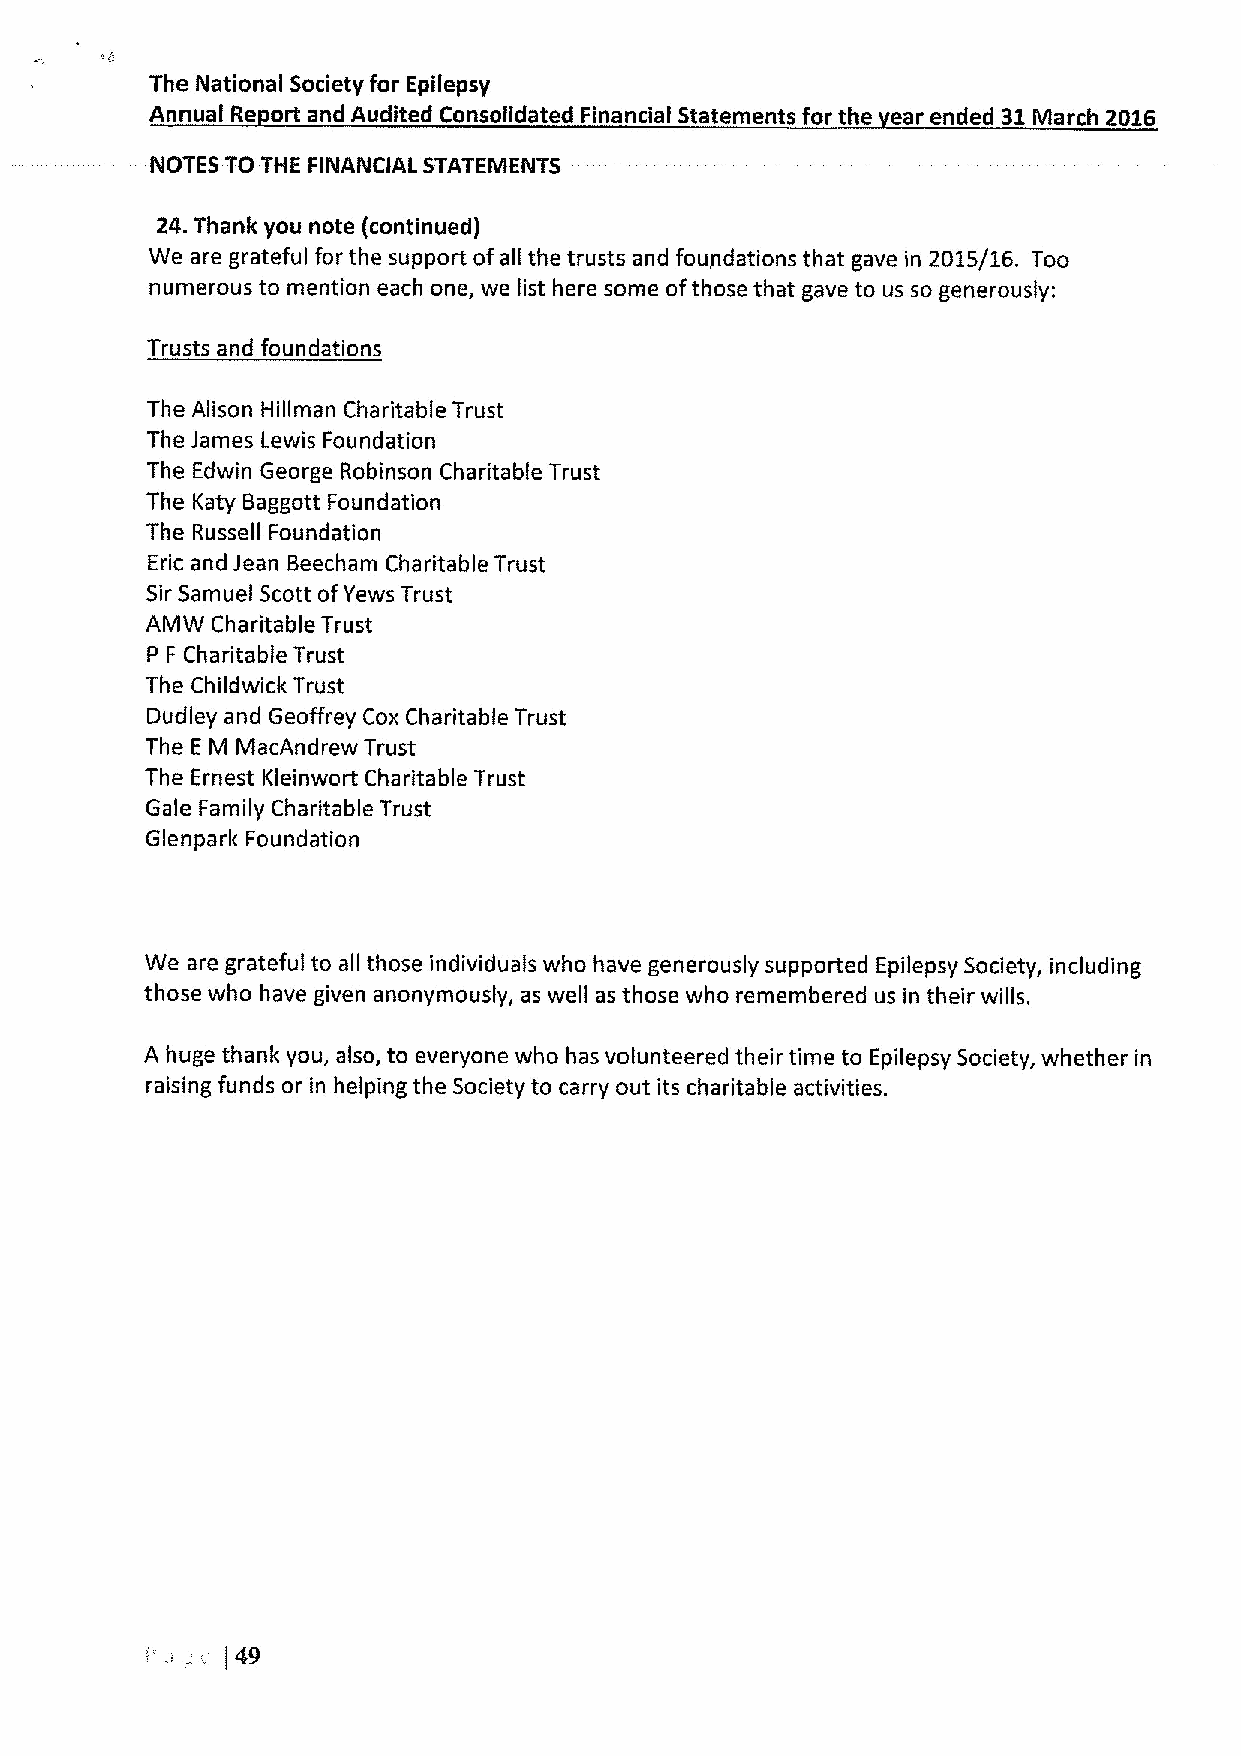
The National Society for Epilepsy
 Annual Re ort and Audited Consolidated Financial Statements for the ear ended 31March 2016
 NOTES TO THE FINANCIAL STATEMENTS
 24.Thank you note (continued)
 We are grateful for the support ofall the trusts and foundations that gave in 2015/16. Too
 numerous to mention each one, we list here some ofthose that gave to us so generously:
 Trusts and foundations
 The Alison Hillman Charitable Trust
 The James Lewis Foundation
 The Edwin George Robinson Charitable Trust
 The Katy Baggott Foundation
 The Russell Foundation
 Eric and Jean Beecham Charitable Trust
 Sir Samuel Scott ofYews Trust
 AMW Charitable Trust
 P F Charitable Trust
 The Childwick Trust
 Dudley and Geoffrey Cox Charitable Trust
 The E M MacAndrew Trust
 The Ernest Kleinwort Charitable Trust
 Gale Family Charitable Trust
 Glenpark Foundation
 We are grateful to all those individuals who have generously supported Epilepsy Society, including
 those who have given anonymously, as well as those who remembered us in their wills.
 A huge thank you, also, to everyone who has volunteered their time to Epilepsy Society, whether in
 raising funds or in helping the Society to carry out its charitable activities.